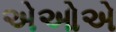
એઓએ